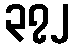
၃၇၂